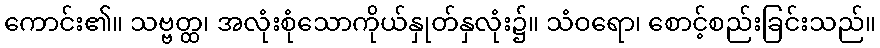
ကောင်း၏။ သဗ္ဗတ္ထ၊ အလုံးစုံသောကိုယ်နှုတ်နှလုံး၌။ သံဝရော၊ စောင့်စည်းခြင်းသည်။